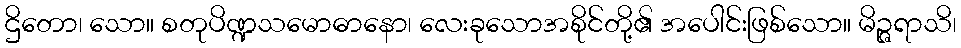
ဌိတော၊ သော။ စတုပိဏ္ဍသမောဓာနော၊ လေးခုသောအစိုင်တို့၏ အပေါင်းဖြစ်သော။ မိဉ္ဇရာသိ၊